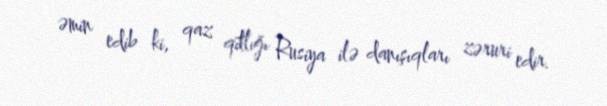
əmin edib ki, qaz qıtlığı Rusiya ilə danışıqları zəruri edir.